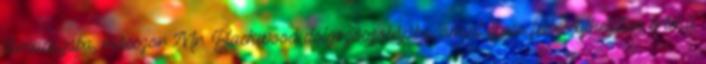
társaságába, másszor Mr. Blackwood dolgozószobájába, amint éppen felbecsülhetetlen értékű